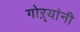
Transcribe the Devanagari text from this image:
गोऱ्यांनी